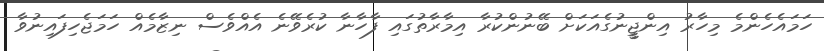
ހަމައެހެންމެ މިހާރު އިންޖީީނުގެެއަކަށް ބޭނުންކުރާ އިމާރާތުގައި ފާހާނާ ކުރެވޭނެ އެއްވެސް ނިޒާމެއް ހަމަޖެހިފައިނުވާ